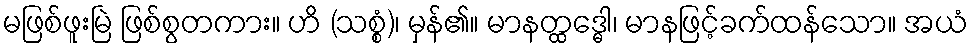
မဖြစ်ဖူးမြဲ ဖြစ်စွတကား။ ဟိ (သစ္စံ)၊ မှန်၏။ မာနတ္ထဒ္ဓေါ၊ မာနဖြင့်ခက်ထန်သော။ အယံ